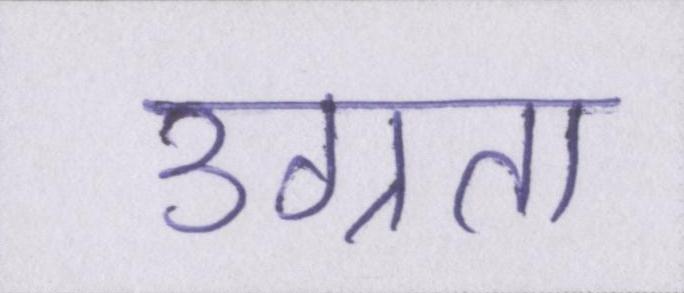
उग्रता